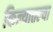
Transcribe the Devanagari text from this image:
किल्यातल्या